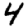
Digit: 4